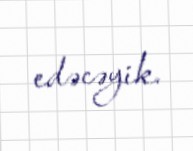
edəcəyik.